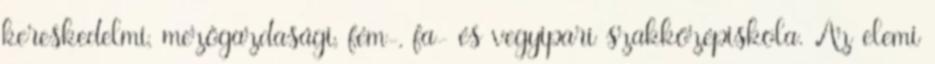
kereskedelmi, mezőgazdasági, fém-, fa- és vegyipari szakközépiskola. Az elemi